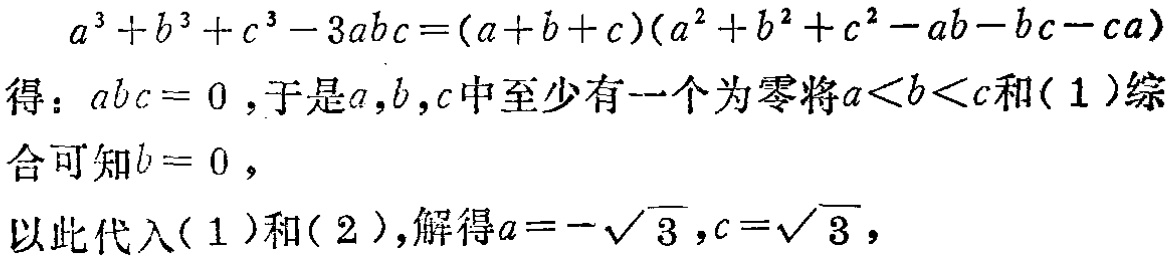
\[

a^{3}+b^{3}+c^{3}-3abc=(a + b + c)(a^{2}+b^{2}+c^{2}-ab - bc - ca)

\]

得：\(abc = 0\)，于是\(a,b,c\)中至少有一个为零将\(a < b < c\)和\((1)\)综

合可知\(b = 0\)，

以此代入\((1)\)和\((2)\)，解得\(a=-\sqrt{3},c = \sqrt{3}\)，